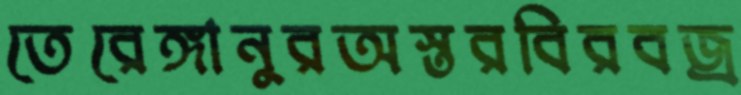
তেরেঙ্গানুরঅস্তরবিরবজ্র